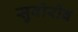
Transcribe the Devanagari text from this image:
सुवोरोव